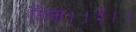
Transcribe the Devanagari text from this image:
तिला।।३।।